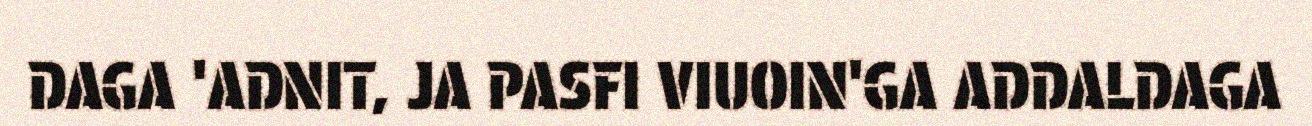
DAGA 'ADNIT, JA PASFI VIUOIN'GA ADDALDAGA